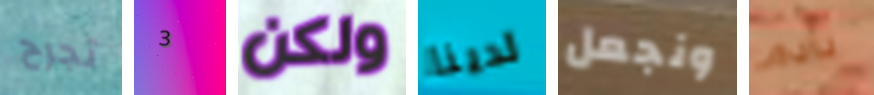
تجرح 3 ولكن لدينا ونجعل نادم